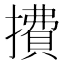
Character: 㩌